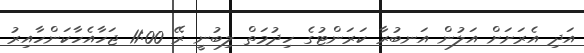
އަދި އެރަށަށް އަލުން އަނބުރާ ކަރަންޓުގެ ހިދުމަތް ލިބުނީ ރޭ 11:00 ޖަހާއެހާކަންހާއިރު